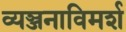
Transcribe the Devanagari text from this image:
व्यञ्जनाविमर्श